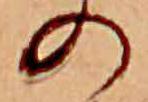
の